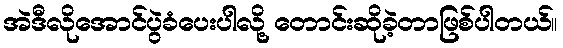
အဲဒီလိုအောင်ပွဲခံပေးပါလို့ တောင်းဆိုခဲ့တာဖြစ်ပါတယ်။